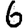
Digit: 6